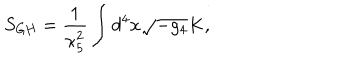
LaTeX: S _ { \mathrm { G H } } = \frac { 1 } { \kappa _ { 5 } ^ { 2 } } \int d ^ { 4 } x \sqrt { - g _ { 4 } } K ,